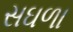
સઘળા